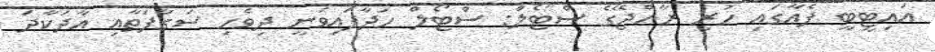
އައިޓީބީ ފެއާގައި ހުރި ރާއްޖޭގެ ސްޓޯލް: ސްޓޯލް ހަދާފައިވަނީ ދިވެހި ސަގާފަތާއި އާދަކާދަ